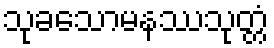
သုခသောမနဿသုတ္တံ